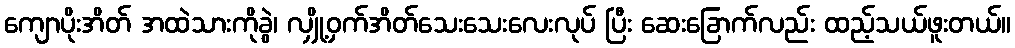
ကျောပိုးအိတ် အထဲသားကိုခွဲ၊ လျှို့ဝှက်အိတ်သေးသေးလေးလုပ် ပြီး ဆေးခြောက်လည်း ထည့်သယ်ဖူးတယ်။